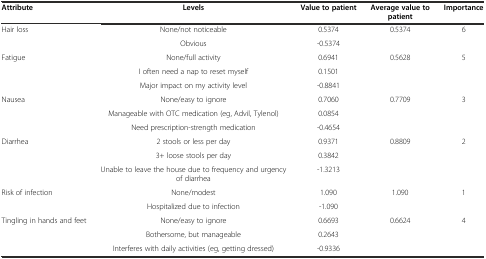
<table><thead><tr><td><b>Attribute</b></td><td><b>Levels</b></td><td><b>Value to patient</b></td><td><b>Average value to patient</b></td><td><b>Importance</b></td></tr></thead><tbody><tr><td rowspan="2">Hair loss</td><td>None/not noticeable</td><td>0.5374</td><td rowspan="2">0.5374</td><td rowspan="2">6</td></tr><tr><td>Obvious</td><td>-0.5374</td></tr><tr><td rowspan="3">Fatigue</td><td>None/full activity</td><td>0.6941</td><td rowspan="3">0.5628</td><td rowspan="3">5</td></tr><tr><td>I often need a nap to reset myself</td><td>0.1501</td></tr><tr><td>Major impact on my activity level</td><td>-0.8841</td></tr><tr><td rowspan="3">Nausea</td><td>None/easy to ignore</td><td>0.7060</td><td rowspan="3">0.7709</td><td rowspan="3">3</td></tr><tr><td>Manageable with OTC medication (eg, Advil, Tylenol)</td><td>0.0854</td></tr><tr><td>Need prescription-strength medication</td><td>-0.4654</td></tr><tr><td rowspan="3">Diarrhea</td><td>2 stools or less per day</td><td>0.9371</td><td rowspan="3">0.8809</td><td rowspan="3">2</td></tr><tr><td>3+ loose stools per day</td><td>0.3842</td></tr><tr><td>Unable to leave the house due to frequency and urgency of diarrhea</td><td>-1.3213</td></tr><tr><td rowspan="2">Risk of infection</td><td>None/modest</td><td>1.090</td><td rowspan="2">1.090</td><td rowspan="2">1</td></tr><tr><td>Hospitalized due to infection</td><td>-1.090</td></tr><tr><td rowspan="3">Tingling in hands and feet</td><td>None/easy to ignore</td><td>0.6693</td><td rowspan="3">0.6624</td><td rowspan="3">4</td></tr><tr><td>Bothersome, but manageable</td><td>0.2643</td></tr><tr><td>Interferes with daily activities (eg, getting dressed)</td><td>-0.9336</td></tr></tbody></table>